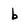
Character: b